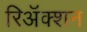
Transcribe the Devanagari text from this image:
रिअॅक्शन